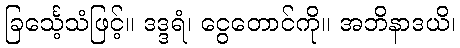
ခြင်္သေ့သံဖြင့်။ ဒဒ္ဒရံ၊ ငွေတောင်ကို။ အဘိနာဒယိ၊